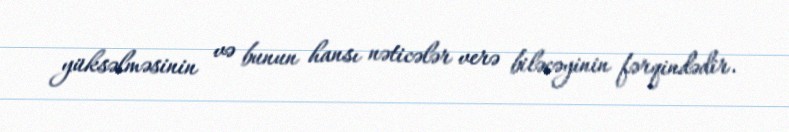
yüksəlməsinin və bunun hansı nəticələr verə biləcəyinin fərqindədir.